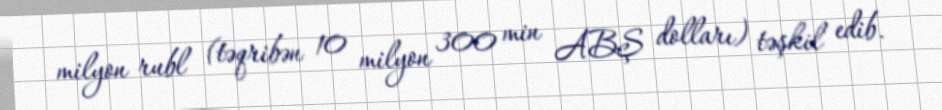
milyon rubl (təqribən 10 milyon 300 min ABŞ dolları) təşkil edib.